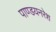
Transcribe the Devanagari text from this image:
पाण्डयनरेश